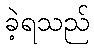
ခဲ့ရသည်